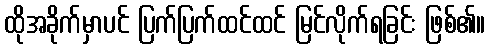
ထိုအခိုက်မှာပင် ပြက်ပြက်ထင်ထင် မြင်လိုက်ရခြင်း ဖြစ်၏။